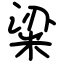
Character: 粱